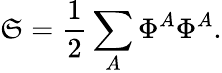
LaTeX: \mathfrak{S}={\frac{{1}}{{2}}}\sum_{A}\Phi^{A}\Phi^{A}.